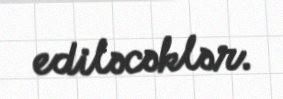
ediləcəklər.